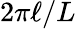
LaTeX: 2\pi\ell/L